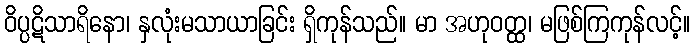
ဝိပ္ပဋိသာရိနော၊ နှလုံးမသာယာခြင်း ရှိကုန်သည်။ မာ အဟုဝတ္ထ၊ မဖြစ်ကြကုန်လင့်။